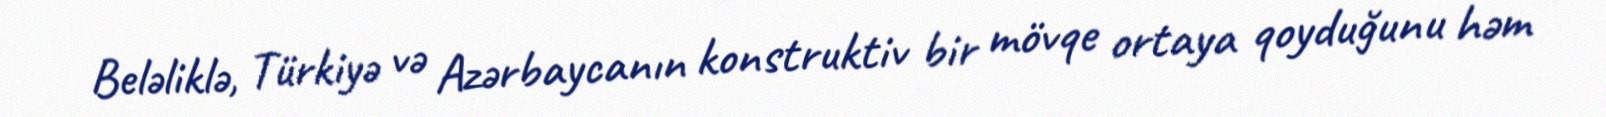
Beləliklə, Türkiyə və Azərbaycanın konstruktiv bir mövqe ortaya qoyduğunu həm